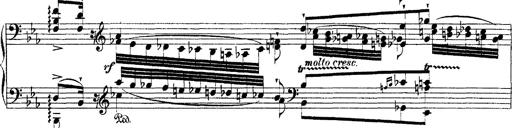
Title: Ã‰tudes d'exÃ©cution transcendante d'aprÃ¨s Paganini
Composer: Franz Liszt